Vital statistics of India. Vol. IV, Annual returns from 1871 to 1876. British Army of India, Native Army and jails of Bengal
Year: 1871
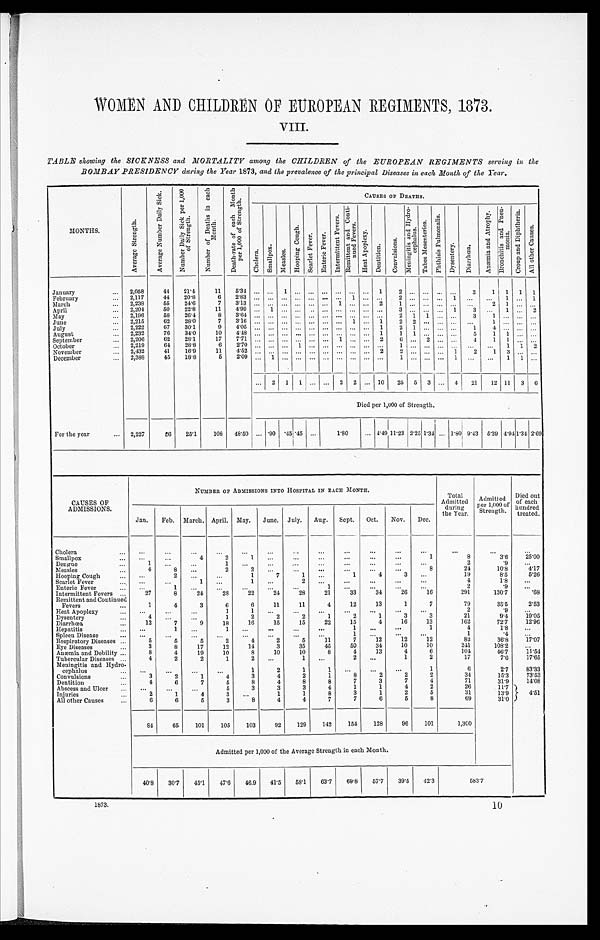
WOMEN AND CHILDREN OF EUROPEAN REGIMENTS, 1873.
VIII.
TABLE showing the SICKNESS and MORTALITY among the CHILDREN of the EUROPEAN REGIMENTS serving in the
BOMBAY PRESIDENCY during the Year 1873, and the prevalence of the principal Diseases in each Month of the Year.
M O N T H S .
A v e r a g e S t r e n g t h .
A v e r a g e N u m b e r D a i l y S i c k .
N u m b e r D a i l y S i c k p e r 1 , 0 0 0 o f S t r e n g t h .
N u m b e r o f D e a t h s i n e a c h M o n t h .
D e a t h - r a t e o f e a c h M o n t h p e r 1 , 0 0 0 o f S t r e n g t h .
CAUSES OF DEATHS.
C h o l e r a .
S m a l l p o x .
M e a s l e s .
H o o p i n g C o u g h .
S c a r l e t F e v e r .
E n t e r i e F e v e r .
I n t e r m i t t e n t F e v e r s .
R e m i t t e n t a n d C o n t i - n u e d F e v e r s .
H e a t A p o p l e x y .
D e n t i t i o n .
C o n v u l s i o n s .
M e n i n g i t i s a n d H y d r o - c e p h a l u s .
T a b e s M e s e n t e r i c a .
P h t h i s i s P u l m o n a l i s .
D y s e n t e r y .
D i a r r h œ a .
A n æ m i a a n d A t r o p h y .
B r o n c h i t i s a n d P n e u - m o n i a .
C r o u p a n d D i p h t h e r i a .
A l l o t h e r C a u s e s .
January . . . 2,058
44
21.4
11
5.34
. . .
. . .
1
. . .
. . .
. . . . . .
. . . . . .
1
2
. . .
. . .
. . .
. . .
3
1 1 1 1
February . . .
2,117
44
20.8
6
2 . 8 3 . . .
. . .
. . . . . .
. . .
. . . . . .
1 . . .
. . .
2
. . .
. . .
. . . 1
. . .
. . . 1
. . . 1
March . . . 2,238
55
24.6
7
3 . 1 3 . . .
. . .
. . . . . .
. . .
. . . 1 . . .
. . .
2
1
. . .
. . .
. . . . . .
. . .
2 1
. . . . . .
April . . . 2,204
50
22.8
1 1
4 . 9 9 . . .
1
. . . . . .
. . .
. . . . . .
. . . . . .
. . .
3
. . .
. . .
. . . 1
3
. . .
1
. . . 2
M a y . . .
2,196
58
26.4
8
3 . 6 4 . . .
. . .
. . . . . .
. . .
. . . . . .
. . . . . .
. . . 2 1 1
. . . . . .
3
1
. . .
. . . . . .
June . . . 2,215
62
28.0
7
3.16
. . .
. . .
. . .
. . . . . . . . .
. . . 1
. . . 1
2
2 . . .
. . .
. . .
. . .
1
. . .
. . . . . .
July . . . 2,222
67
30.1
9
4 . 0 5 . . .
. . .
. . . . . .
. . . . . .
. . .
. . .
. . .
1
2
1 . . .
. . .
. . .
1
4
. . .
. . . . . .
August. . . 2,232
76
34.0
1 0
4 . 4 8 . . .
. . .
. . . . . .
. . .
. . .
. . .
. . . . . .
1
1
1 . . .
. . .
. . .
5
1 1
. . .
. . .
September . . .
2,206
62
28.1
1 7
7 . 7 1 . . .
. . .
. . . . . .
. . .
. . .
1
. . . . . .
2
6
. . .
2
. . .
. . . 4
1 1
. . . . . .
October . . . 2,219
64
28.8
6
2 . 7 0 . . .
. . .
. . . 1
. . .
. . .
. . .
. . . . . .
. . .
1
. . .
. . .
. . .
. . .
. . .
. . . 1
1
2
November . . . 2,432
41
16.9
1 1
4 . 5 2 . . .
. . .
. . . . . .
. . .
. . .
. . .
. . . . . .
2
2
. . .
. . .
. . .
1
2
1 3
. . .
. . .
December . . . 2,388
45
18.8
5
2.09
. . . 1
. . .
. . . . . .
. . .
. . .
. . .
. . .
. . .
1
. . .
. . .
. . .
1
. . .
. . . 1
1
. . .
. . . 2 1 1 . . . . . . 2 2 . . . 10
25 5 3 . . . 4
21
12 11
3
6
Died per 1,000 of Strength.
. . . .90 .45 .45 . . .
1.80
. . . 4.49 11.23 2.25 1.34 . . . 1.80 9.43 5.39 4.94 1.34 2.69
For the year . . . 2,227
56
25.1
108
48.50
CAUSES OF
ADMISSIONS.
NUMBER OF ADMISSIONS INTO HOSPITAL IN EACH MONTH.
Total
Admitted
during
the Year.
Admitted
per 1,000 of
Strength.
Died out
of each
hundred
treated.
Jan.
Feb. March. April. May.
June. July.
Aug.
Sept.
Oct.
Nov.
Dec.
Cholera . . .
. . .
. . .
. . .
. . .
. . .
. . .
. . .
. . .
. . .
. . .
. . .
. . .
. . .
. . .
. . .
1
8
3 . 6
25.00
Smallpox . . .
. . .
. . .
4
2
1
. . .
. . . . . .
. . .
. . .
. . .
Dengue . . .
1
. . .
. . .
1
. . .
. . .
. . .
. . .
. . . . . .
. . .
. . .
2
.9
. . .
Measles . . .
4
8
. . .
2
2
. . .
. . .
. . .
. . .
. . .
. . .
8
24
10.8
4.17
Hoping Cough . . .
. . .
2
. . .
. . .
1
7
1
. . .
1
4
3
. . .
19
8.5
5.26
Scarlet Fever . . .
. . .
. . .
1
. . .
1
. . .
2
. . .
. . .
. . .
. . .
. . .
4
1.8
. . .
Enteric Fever . . .
. . .
1
. . .
. . .
. . .
. . .
. . .
1
. . .
. . .
. . .
. . .
2
. 9
. . .
Intermittent Fevers . . .
27
8
24
28
22
24
28
21
33
34
26
16
291
130.7
.68
Remittent and Continued
Fevers . . .
1
4
3
6
6
11
11
4
12
13
1
7
79
35.5
2.53
2
.9
. . .
Heat Apoplexy . . .
. . .
. . .
. . .
1
1
. . .
. . .
. . .
. . .
. . .
. . .
. . .
2
1
3
3
21
9.4
19.05
Dysentery . . .
4
. . .
. . .
1
2
2
2
1
4
16
13
162
72.7
12.96
Diarrhœa . . .
12
7
9
18
16
15
15
22
15
Hepatitis . . .
. . .
1
. . .
1
. . .
. . .
. . .
. . .
1
. . .
. . .
1
4
1.8
. . .
Spleen Disease . . .
. . .
. . .
. . .
. . .
. . .
. . .
. . .
. . .
1
. . .
. . .
. . .
1
. 4
. . .
11
7
12
12
12
82
36.8
17.07
Respiratory Diseases . . .
5
5
5
2
4
2
5
Eye Diseases . . .
3
8
17
12
14
3
35
45
50
34
10
10
241
108.2
. . .
Anæmia and Debility . . .
8
4
19
10
8
10
10
8
4
13
4
6
104
46.7
11.54
Tubercular Diseases . . .
4
2
2
1
2
. . .
1
. . .
2
. . .
1
2
17
7.6
17.65
Meningitis and Hydro
-
cephalus . . .
. . .
. . .
. . .
. . .
1
2
1
1
. . .
. . .
. . .
1
6
2.7
83.33
Convulsions . . .
3
2
1
4
3
4
2
1
8
2
2
2
34
15.3
73.53
Dentition . . .
4
6
7
5
8
4
8
8
7
3
7
4
71
31.9
14.08
1
1
4
2
26
Abscess and Ulcer . . .
. . .
. . .
. . .
5
3
3
3
4
11.7
4.51
8
3
1
2
5
31
Injuries . . .
2
1
4
3
. . .
1
1
13.9
7
6
5
8
69
All other Causes . . .
6
6
5
3
8
4
4
7
31.0
84
65
101
105
103
92
129
142
154
128
96
101
1,300
Admitted per 1,000 of the Average Strength in each Month.
40.8
30.7
45.1
47.6
46.9
41.5
58.1
63.7
69.8
57.7
39.5
42.3
583.7
1873.
10